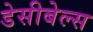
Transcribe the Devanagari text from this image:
डेसीबेल्स